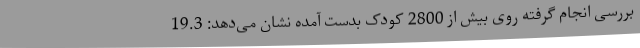
بررسی انجام گرفته روی بیش از 2800 کودک بدست آمده نشان می‌دهد: 19.3